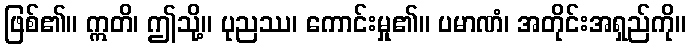
ဖြစ်၏။ ဣတိ၊ ဤသို့။ ပုညဿ၊ ကောင်းမှု၏။ ပမာဏံ၊ အတိုင်းအရှည်ကို။